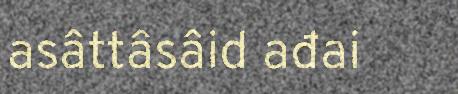
asâttâsâid ađai